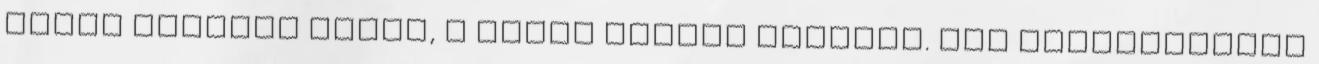
fájuk monoton dalol, a sáros földön monoton. kis pléhdarabkák